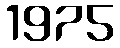
1975